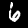
Digit: 6